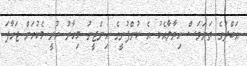
އަބްދުގެ ތަނަވަސް ހިޔާލާއެކު އެ ކުންފުނީގެ އިންޖީނު މިހާރު ހުރީ މެކުހަށް ޖަހާފަ